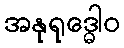
အနုရုဒ္ဓေါဝ